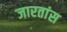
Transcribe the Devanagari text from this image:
जारतांस